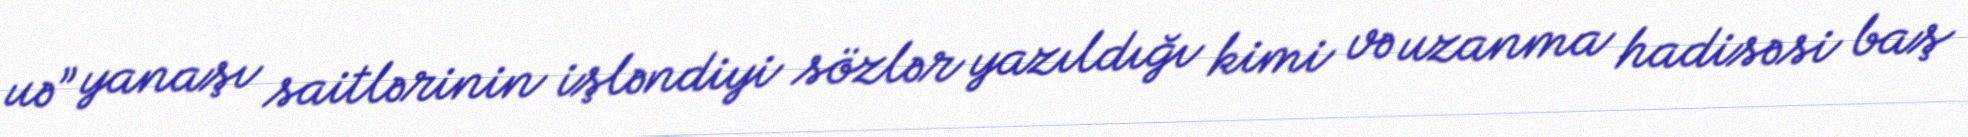
uə” yanaşı saitlərinin işləndiyi sözlər yazıldığı kimi və uzanma hadisəsi baş